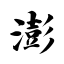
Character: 澎